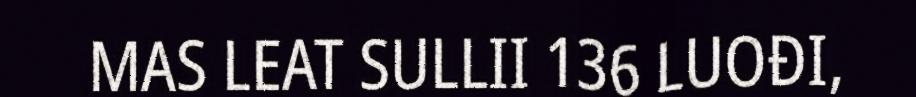
MAS LEAT SULLII 136 LUOĐI,